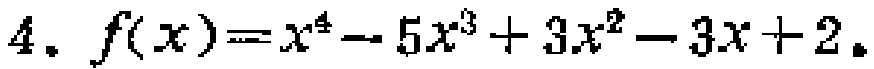
\(4.\ f(x)=x^{4}-5x^{3}+3x^{2}-3x + 2.\)